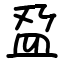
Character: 𫞯